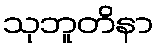
သုဘူတိနာ